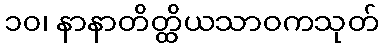
၁၀၊ နာနာတိတ္ထိယသာဝကသုတ်